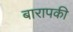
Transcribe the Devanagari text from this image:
बारापकी